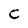
Character: C